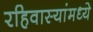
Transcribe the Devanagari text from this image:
रहिवास्यांमध्ये